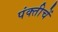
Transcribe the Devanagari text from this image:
पंक्तीचें